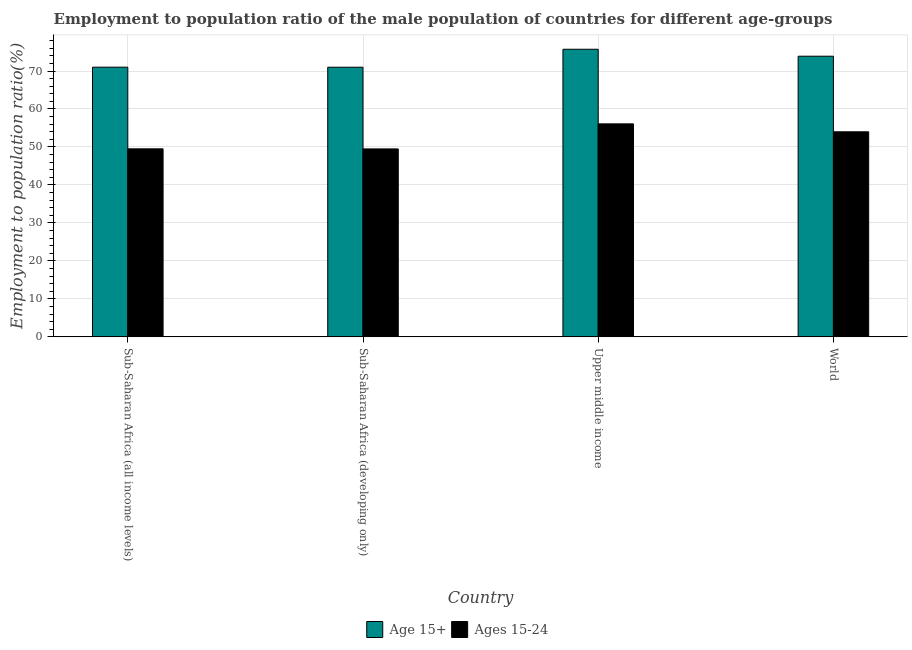
| Country | Age 15+ | Ages 15-24 |
 | --- | --- | --- |
 | Sub-Saharan Africa (all income levels) | 71 | 49.5 |
 | Sub-Saharan Africa (developing only) | 71 | 49.5 |
 | Upper middle income | 75.7 | 56.1 |
 | World | 73.9 | 54 |